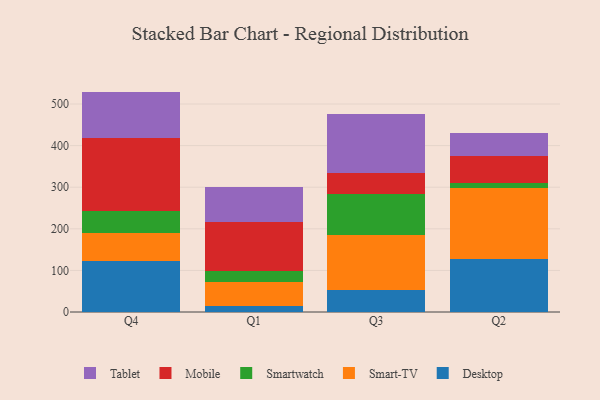
{"axis": {"x": "Quarter", "y": "Tickets Resolved"}, "legend": ["Desktop", "Mobile", "Smart-TV", "Smartwatch", "Tablet"], "data": [{"x": "Q4", "y": 121.6, "type": "Desktop"}, {"x": "Q4", "y": 68.5, "type": "Smart-TV"}, {"x": "Q4", "y": 52.6, "type": "Smartwatch"}, {"x": "Q4", "y": 175.1, "type": "Mobile"}, {"x": "Q4", "y": 112.0, "type": "Tablet"}, {"x": "Q1", "y": 14.2, "type": "Desktop"}, {"x": "Q1", "y": 57.0, "type": "Smart-TV"}, {"x": "Q1", "y": 27.6, "type": "Smartwatch"}, {"x": "Q1", "y": 117.9, "type": "Mobile"}, {"x": "Q1", "y": 84.6, "type": "Tablet"}, {"x": "Q3", "y": 54.0, "type": "Desktop"}, {"x": "Q3", "y": 130.7, "type": "Smart-TV"}, {"x": "Q3", "y": 98.1, "type": "Smartwatch"}, {"x": "Q3", "y": 51.6, "type": "Mobile"}, {"x": "Q3", "y": 141.0, "type": "Tablet"}, {"x": "Q2", "y": 126.4, "type": "Desktop"}, {"x": "Q2", "y": 171.0, "type": "Smart-TV"}, {"x": "Q2", "y": 13.8, "type": "Smartwatch"}, {"x": "Q2", "y": 64.5, "type": "Mobile"}, {"x": "Q2", "y": 54.8, "type": "Tablet"}]}